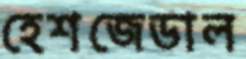
হেশজেডাল